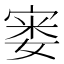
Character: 𪧘